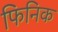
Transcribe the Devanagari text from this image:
फिनिक